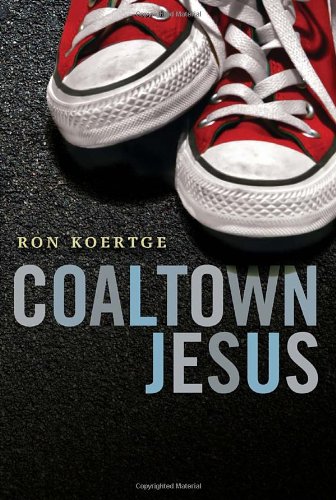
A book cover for Coaltown Jesus; Ron Koertge; Teen & Young Adult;